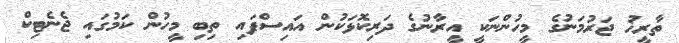
ތާރީޚު ޖަރުމަނުގެ މީހުންނަކީ އީރާނުގެ ދަރިކޮޅަކުން އައިސްފައި ތިބި މީހުން ކަމުގައި ޖެނެޓިކް